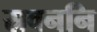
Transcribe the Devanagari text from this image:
स्रवननि